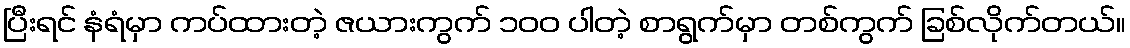
ပြီးရင် နံရံမှာ ကပ်ထားတဲ့ ဇယားကွက် ၁၀၀ ပါတဲ့ စာရွက်မှာ တစ်ကွက် ခြစ်လိုက်တယ်။